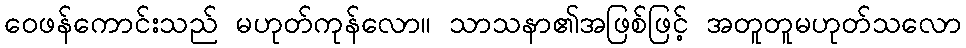
ဝေဖန်ကောင်းသည် မဟုတ်ကုန်လော။ သာသနာ၏အဖြစ်ဖြင့် အတူတူမဟုတ်သလော